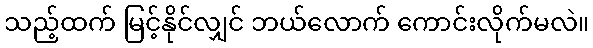
သည့်ထက် မြင့်နိုင်လျှင် ဘယ်လောက် ကောင်းလိုက်မလဲ။